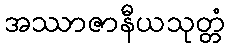
အဿာဇာနီယသုတ္တံ